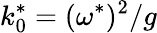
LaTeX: k_{0}^{*}=(\omega^{*})^{2}/g